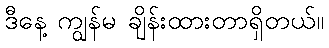
ဒီနေ့ ကျွန်မ ချိန်းထားတာရှိတယ်။